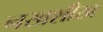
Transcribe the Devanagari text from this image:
नखशीख